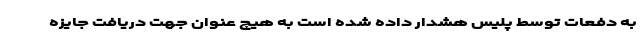
به دفعات توسط پلیس هشدار داده شده است به هیچ عنوان جهت دریافت جایزه